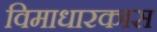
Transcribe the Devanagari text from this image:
विमाधारकास